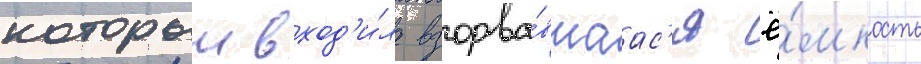
которыи вход'и́ла взорва́вшаас'я ё́мкость